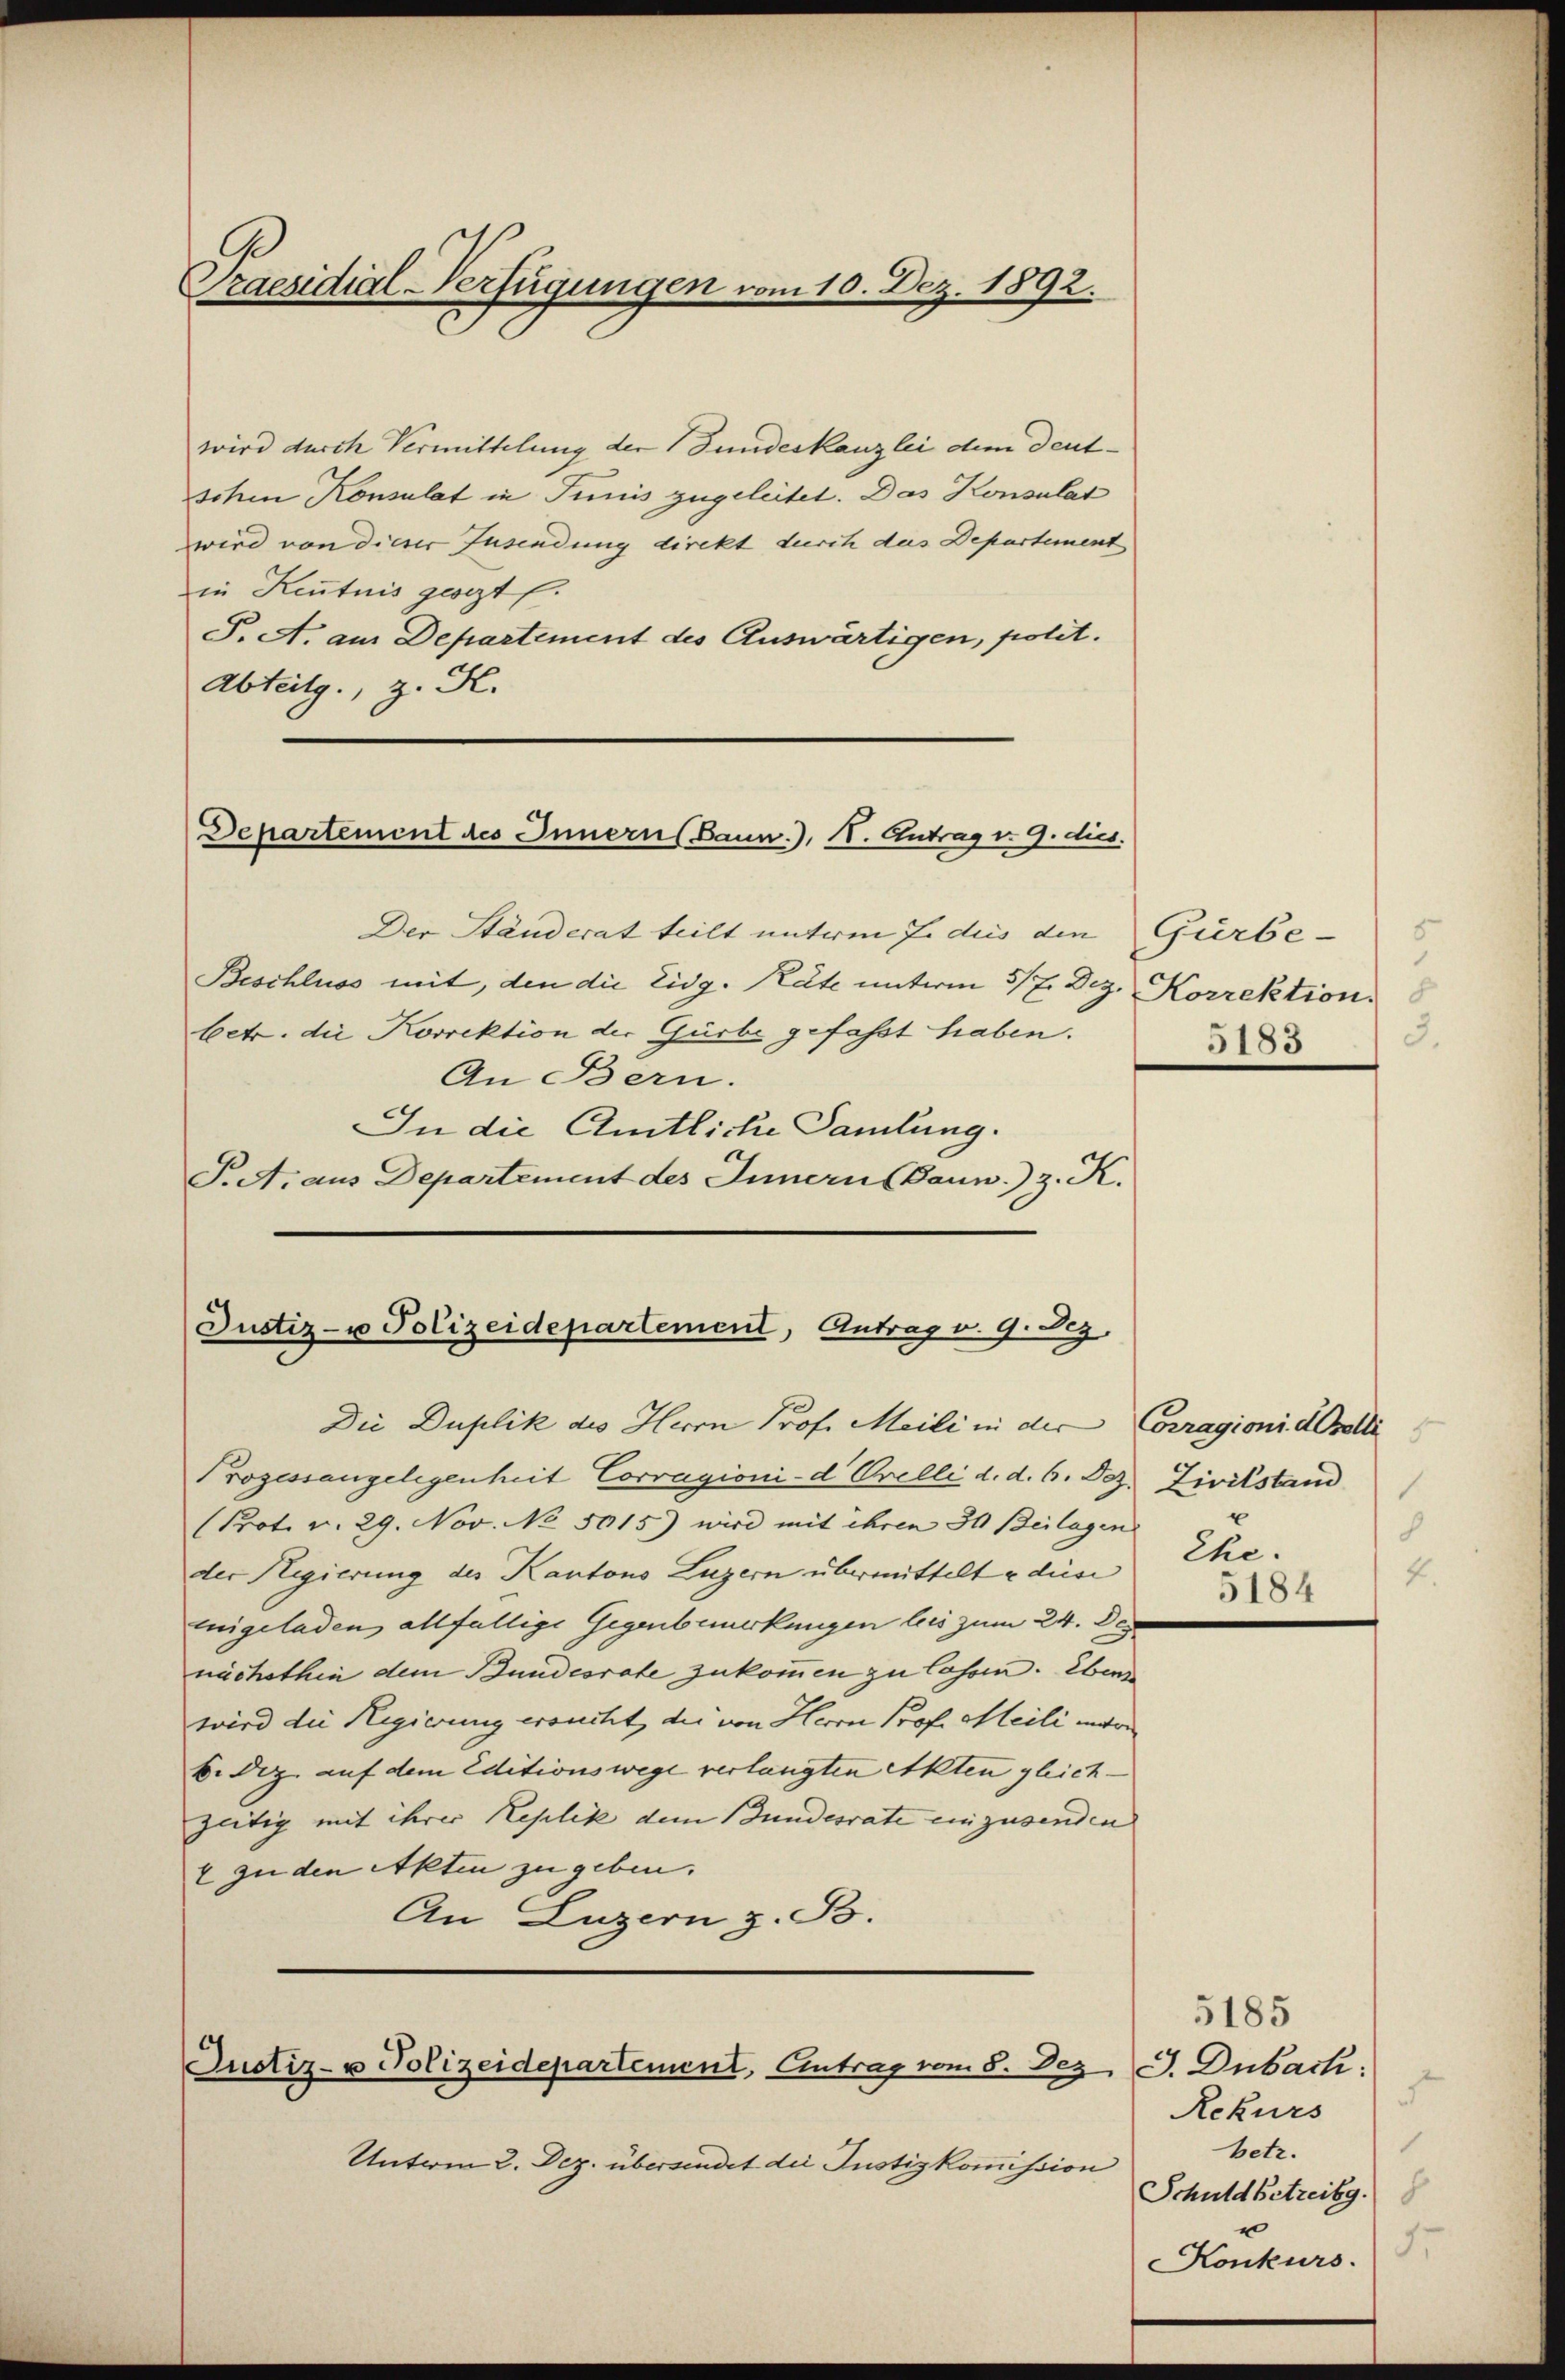
Praesidial-Verfügungen vom 10. Dez. 1892.

wird durch Vermittelung der Bundeskanzlei dem deutschen Konsulat in Junis zugeleitet. Das Konsulat
wird von dieser Zusendung direkt durch das Departement
in Kenntnis gesezt.
S. A. am Departement des Auswärtigen, polit.
Abteilg., z. K.

Departement des Innern (Baun.), I. Antrag v. 9. dies.

Der Ständerat teilt unterm 7. dies den Gürbe-
Beschluss mit, den die Eidg. Rate unterm 5/7. Dez. Korrektion.
betr. die Korrektion der Gürbe gefasst haben.
An Bern.
In die Amtliche Samlung.
T. A. aus Departement des Innern (Bann) 3. K.

Justiz- u Polizeidepartement, Antrag v. 9. Dez.

Die Duplik des Herrn Prof. Meili in der Corragioni dovelli
Prozessangelegenheit Corragioni d. Orelli d. d. 6. Dez. Zivilstand
(Prot. v. 29. Nov. No 5015) wird mit ihren 30 Beilagen
der Regierung des Kantons Luzern übermittelt u die Eheeigeladen allfällige Gegenbemerkungen leis zum 24. Dez
nächsthin dem Bundesrate zukommen zu lassen. Ebens
wird die Regierung ersucht, die von Herrn Prof. Meili innern
b. Dez. auf dem Editionswege verlangten Akten gleich-
zeitig mit ihrer Replik dem Bundesrate einzusenden |
2 zu den Akten zu geben.
An Luzern z. B.

Unterm 2. Dez. übersendet die Justizkommission

Justiz- u Polizeidepartement, Eintrag vom 8. Dez.

3.
5183

3
4

5184

5185
J. Duback.
Rekurs
.
betr.
Schuldbetreibg.
e
Konkurs.